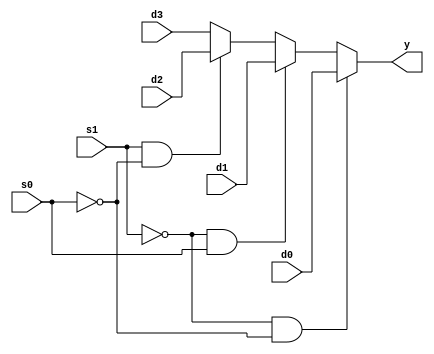
module mux(y,s1,s0,d3,d2,d1,d0);
output reg y;
input s1,s0,d3,d2,d1,d0;
always @(s1 or s0)
    begin
   if(s1==0 & s0==0)
   y=d0;
   else if(s1==0 & s0==1)
   y=d1;
   else if(s1==1 & s0==0)
   y=d2;
   else
   y=d3;
   end

endmodule